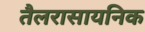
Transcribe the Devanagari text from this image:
तैलरासायनिक